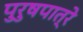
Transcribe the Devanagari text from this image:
पुरुषपात्रे